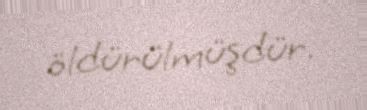
öldürülmüşdür.